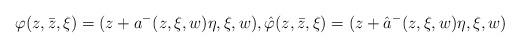
LaTeX: \begin{align*} \varphi(z,\bar z,\xi)=(z+a^-(z,\xi,w)\eta, \xi,w), \hat\varphi (z,\bar z,\xi)=(z+\hat a^-(z,\xi,w)\eta, \xi,w)\end{align*}